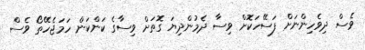
ވެސް ދިވެހިންނަށް ފަސޭހަކޮށް ވިސާ ދެމުންދިޔަ ގޮތަށް ވިސާގެ ކަންކަން ހަމަޖެހޭތޯ ވެސް